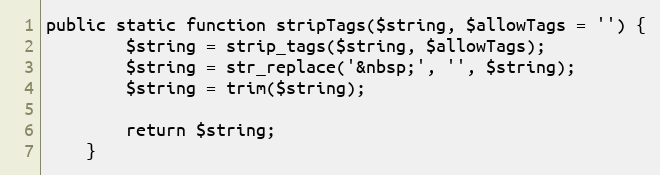
Language: PHP
public static function stripTags($string, $allowTags = '') {
		$string = strip_tags($string, $allowTags);
		$string = str_replace('&nbsp;', '', $string);
		$string = trim($string);

		return $string;
	}